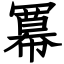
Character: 冪